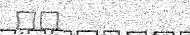
٤٣